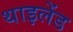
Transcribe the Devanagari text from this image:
थाइलेंड